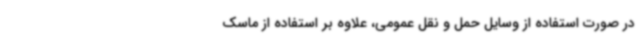
در صورت استفاده از وسایل حمل و نقل عمومی، علاوه بر استفاده از ماسک